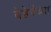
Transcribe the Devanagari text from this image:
बेहेरेंच्या